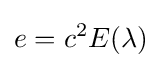
e=c^{2}E(\lambda )